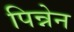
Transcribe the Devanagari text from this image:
पिन्नेन